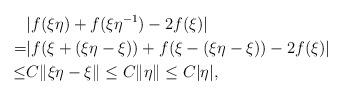
LaTeX: \begin{align*} &|f(\xi\eta)+f(\xi\eta^{-1})-2f(\xi)|\\ =&|f(\xi+(\xi\eta-\xi))+f(\xi-(\xi\eta-\xi))-2f(\xi)|\\ \leq & C\|\xi\eta-\xi\|\leq C\|\eta\|\leq C|\eta|,\end{align*}